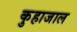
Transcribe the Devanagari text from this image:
कुहाजाल